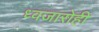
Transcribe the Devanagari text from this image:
ध्वजारोही